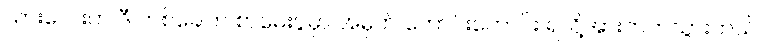
သားလေးက ဒီ တစ်ခေါက် စာမေးပွဲမှာ အမှတ် ကောင်းကောင်း ရလို့အားတက်သွားတယ်။